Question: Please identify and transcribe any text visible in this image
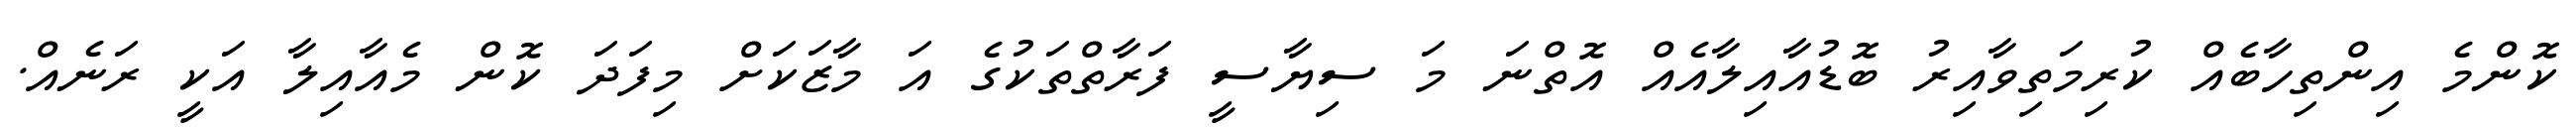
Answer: ކޮންމެ އިންތިހާބެއް ކުރިމަތިވާއިރު ބޮޑުއާއިލާއެއް އޮތްނަ މަ ސިޔާސީ ފަރާތްތަކުގެ އަ މާޒަކަށް މިފަދަ ކޮން މެއާއިލާ އަކީ ރަނެއް.